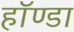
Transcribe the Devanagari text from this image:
हॉण्डा